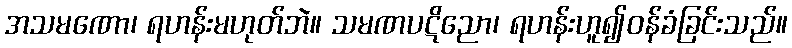
အသမဏော၊ ရဟန်းမဟုတ်ဘဲ။ သမဏပဋိညော၊ ရဟန်းဟူ၍ဝန်ခံခြင်းသည်။